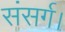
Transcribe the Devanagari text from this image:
संसर्ग।